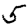
Digit: 5